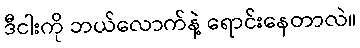
ဒီငါးကို ဘယ်လောက်နဲ့ ရောင်းနေတာလဲ။